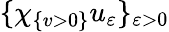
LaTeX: \{ \chi_{\{ v>0\} }u_{\varepsilon}\} _{\varepsilon>0}